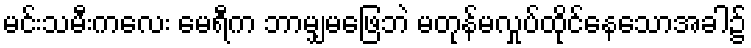
မင်းသမီးကလေး မေရီက ဘာမျှမဖြေဘဲ မတုန်မလှုပ်ထိုင်နေသောအခါ၌